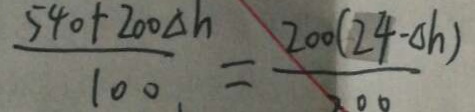
\frac { 5 4 0 + 2 0 0 \Delta h } { 1 0 0 } = \frac { 2 0 0 ( 2 4 - \Delta h ) } { 2 0 0 }